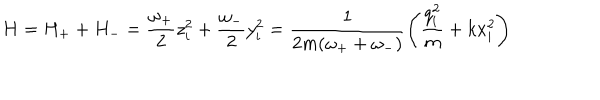
H = H _ { + } + H _ { - } = \frac { \omega _ { + } } { 2 } z _ { i } ^ { 2 } + \frac { \omega _ { - } } { 2 } y _ { i } ^ { 2 } = \frac { 1 } { 2 m ( \omega _ { + } + \omega _ { - } ) } \left( \frac { q _ { i } ^ { 2 } } { m } + k x _ { i } ^ { 2 } \right)